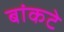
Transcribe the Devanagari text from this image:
बांकटे